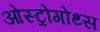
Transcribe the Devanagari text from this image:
ओस्ट्रोगोथ्स